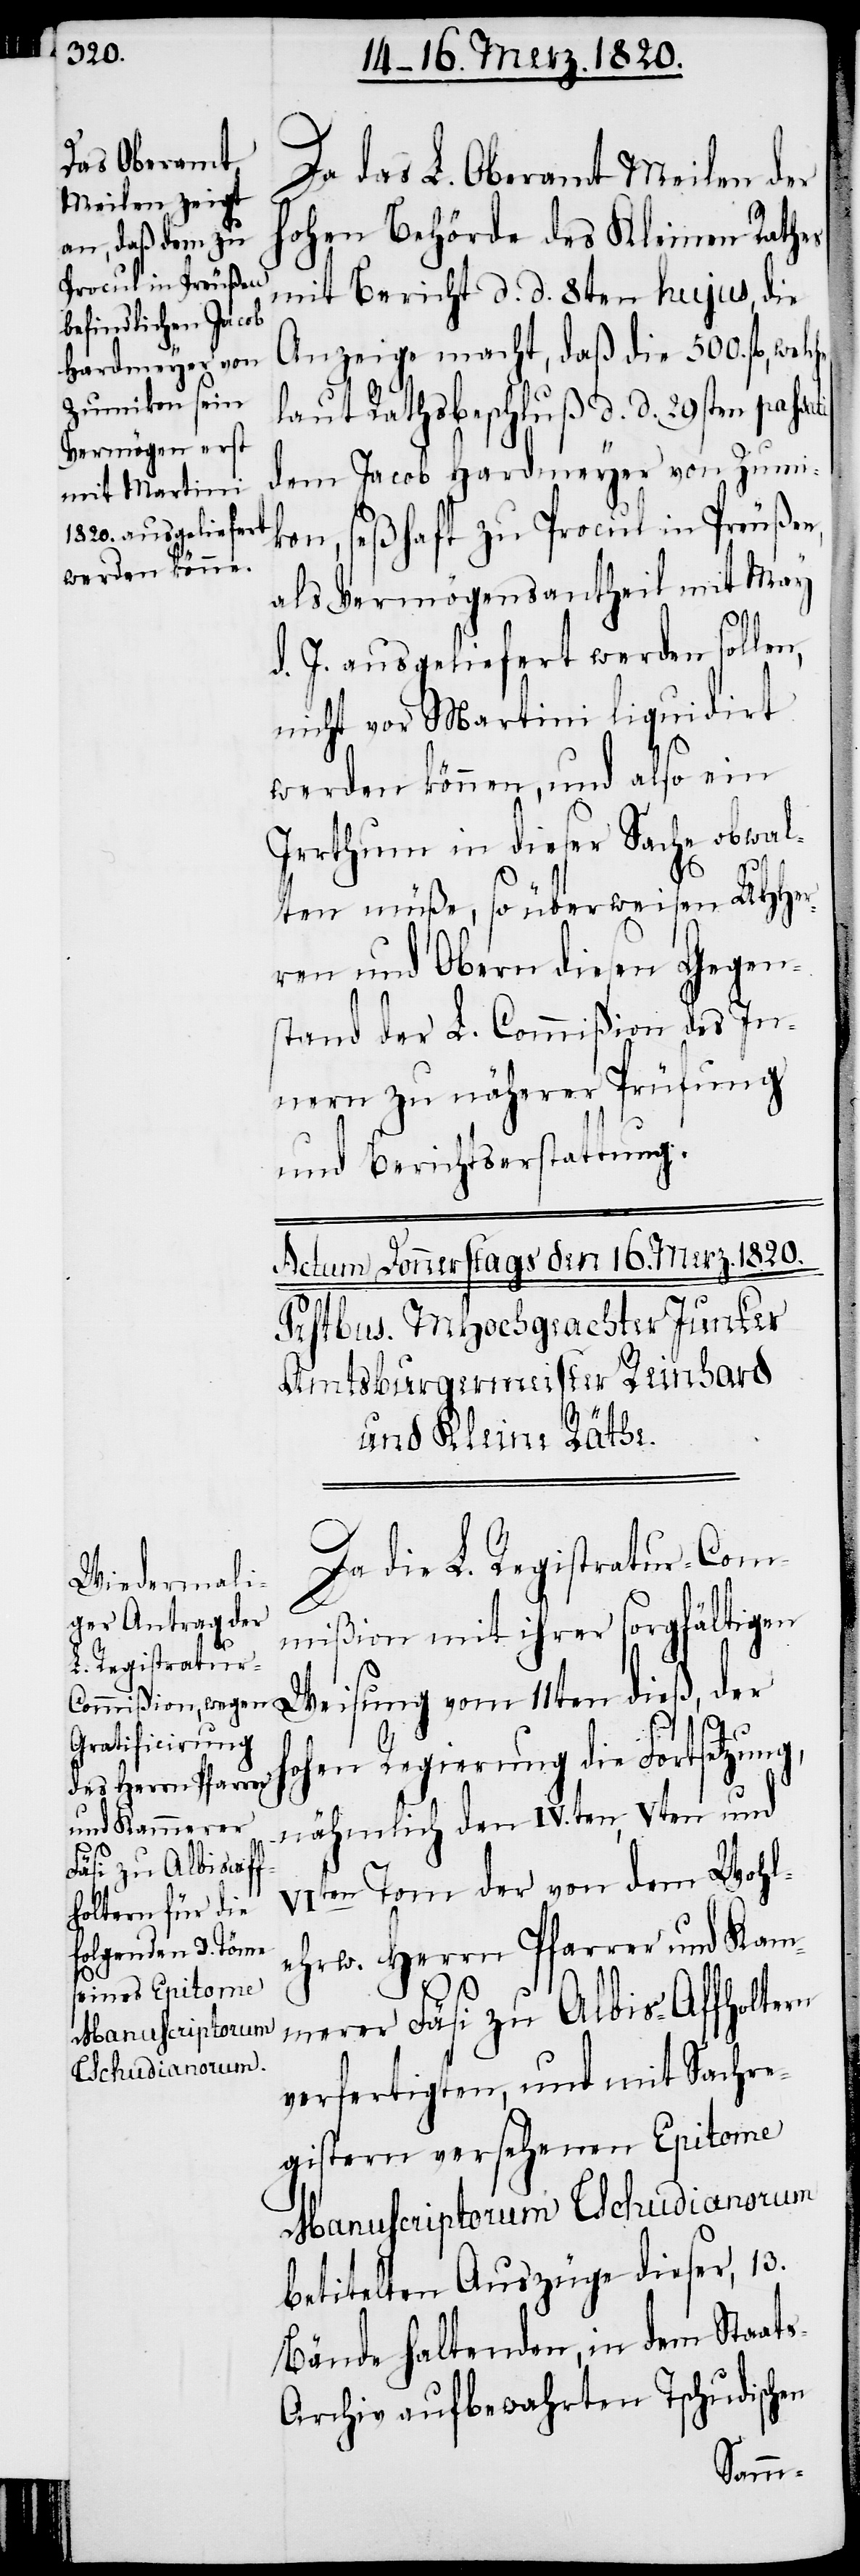
Da das L. Oberamt Meilen der
hohen Behörde des Kleinen Rathes
mit Bericht d. d. 8ten hujus, die
Anzeige macht, daß die 500. fl,
laut Rathsbeschluß d. d. 29sten passati
dem Jacob Hardmeyer von Zumi¬
kon, seßhaft zu Procul in Preußen,
als Vermögensantheil mit May
d. J. ausgeliefert werden sollen,
nicht vor Martini liquidirt
werden können, und also ein
Irrthum in dieser Sache obwal¬
h¬
ten müße, so überweisen UHHer¬
ren und Obern diesen Gegen¬
stand der L. Commißion des In¬
nern zu näherer Prüfung
und Berichtserstattung.
Da die L. Registratur-Com¬
mißion mit ihrer sorgfältigen
Weisung vom 11ten dieß, der
ohen Regierung die Fortsetzung,
nähmlich den IV.ten, Vten und
VIten Tom der von dem Wohl¬
ehrw. Herrn Pfarrer und Ka¬
merer Fäsi zu Albis-Affholtern
verfertigten, und mit Sachre¬
gistern versehenen Epitome
Manuscriptorum Tschudianorum
betitelten Auszüge dieser, 13.
Bände haltenden, in dem Staat¬
s-Archiv aufbewahrten Tschudischen